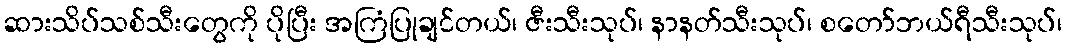
ဆားသိပ်သစ်သီးတွေကို ပိုပြီး အကြံပြုချင်တယ်၊ ဇီးသီးသုပ်၊ နာနတ်သီးသုပ်၊ စတော်ဘယ်ရီသီးသုပ်၊